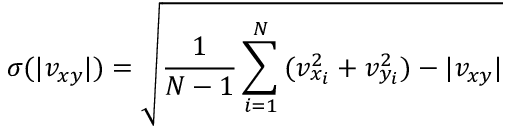
\sigma ( | v _ { x y } | ) = \sqrt { \frac { 1 } { N - 1 } \sum _ { i = 1 } ^ { N } { ( v _ { x _ { i } } ^ { 2 } + v _ { y _ { i } } ^ { 2 } ) - | v _ { x y } | } }